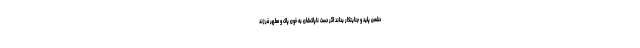
دشمن پلید و جنایتکار بداند اگر دست ناپاک‌شان به خون پاک و مطهر فرزند